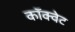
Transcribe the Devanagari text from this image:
कॉक्वेट